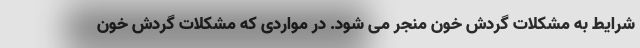
شرایط به مشکلات گردش خون منجر می شود. در مواردی که مشکلات گردش خون